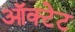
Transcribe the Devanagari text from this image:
ऑक्टेट